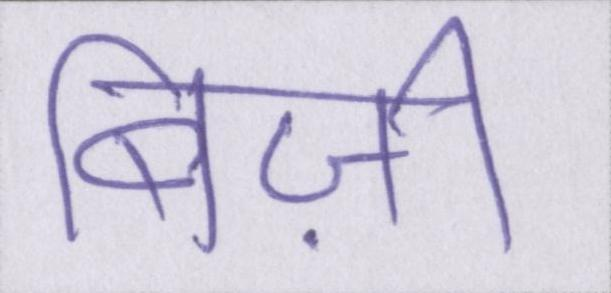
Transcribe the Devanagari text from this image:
बिज़ी